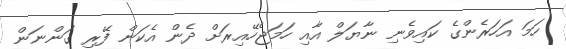
ހަމަ އަހަރެންގެ ކައިވެނި ނާޔަލް އާއި ހަމަޖެހޭއިރަށް ދެން އެކަން ފޭރި ގަންނަން